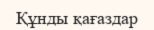
Құнды қағаздар